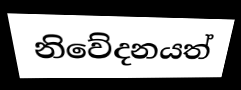
නිවේදනයත්